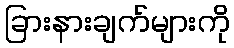
ခြားနားချက်များကို